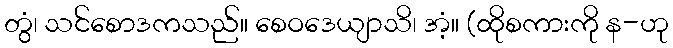
တွံ၊ သင်စောဒကသည်။ စေဝဒေယျာသိ၊ အံ့။ (ထိုစကားကို န-ဟု